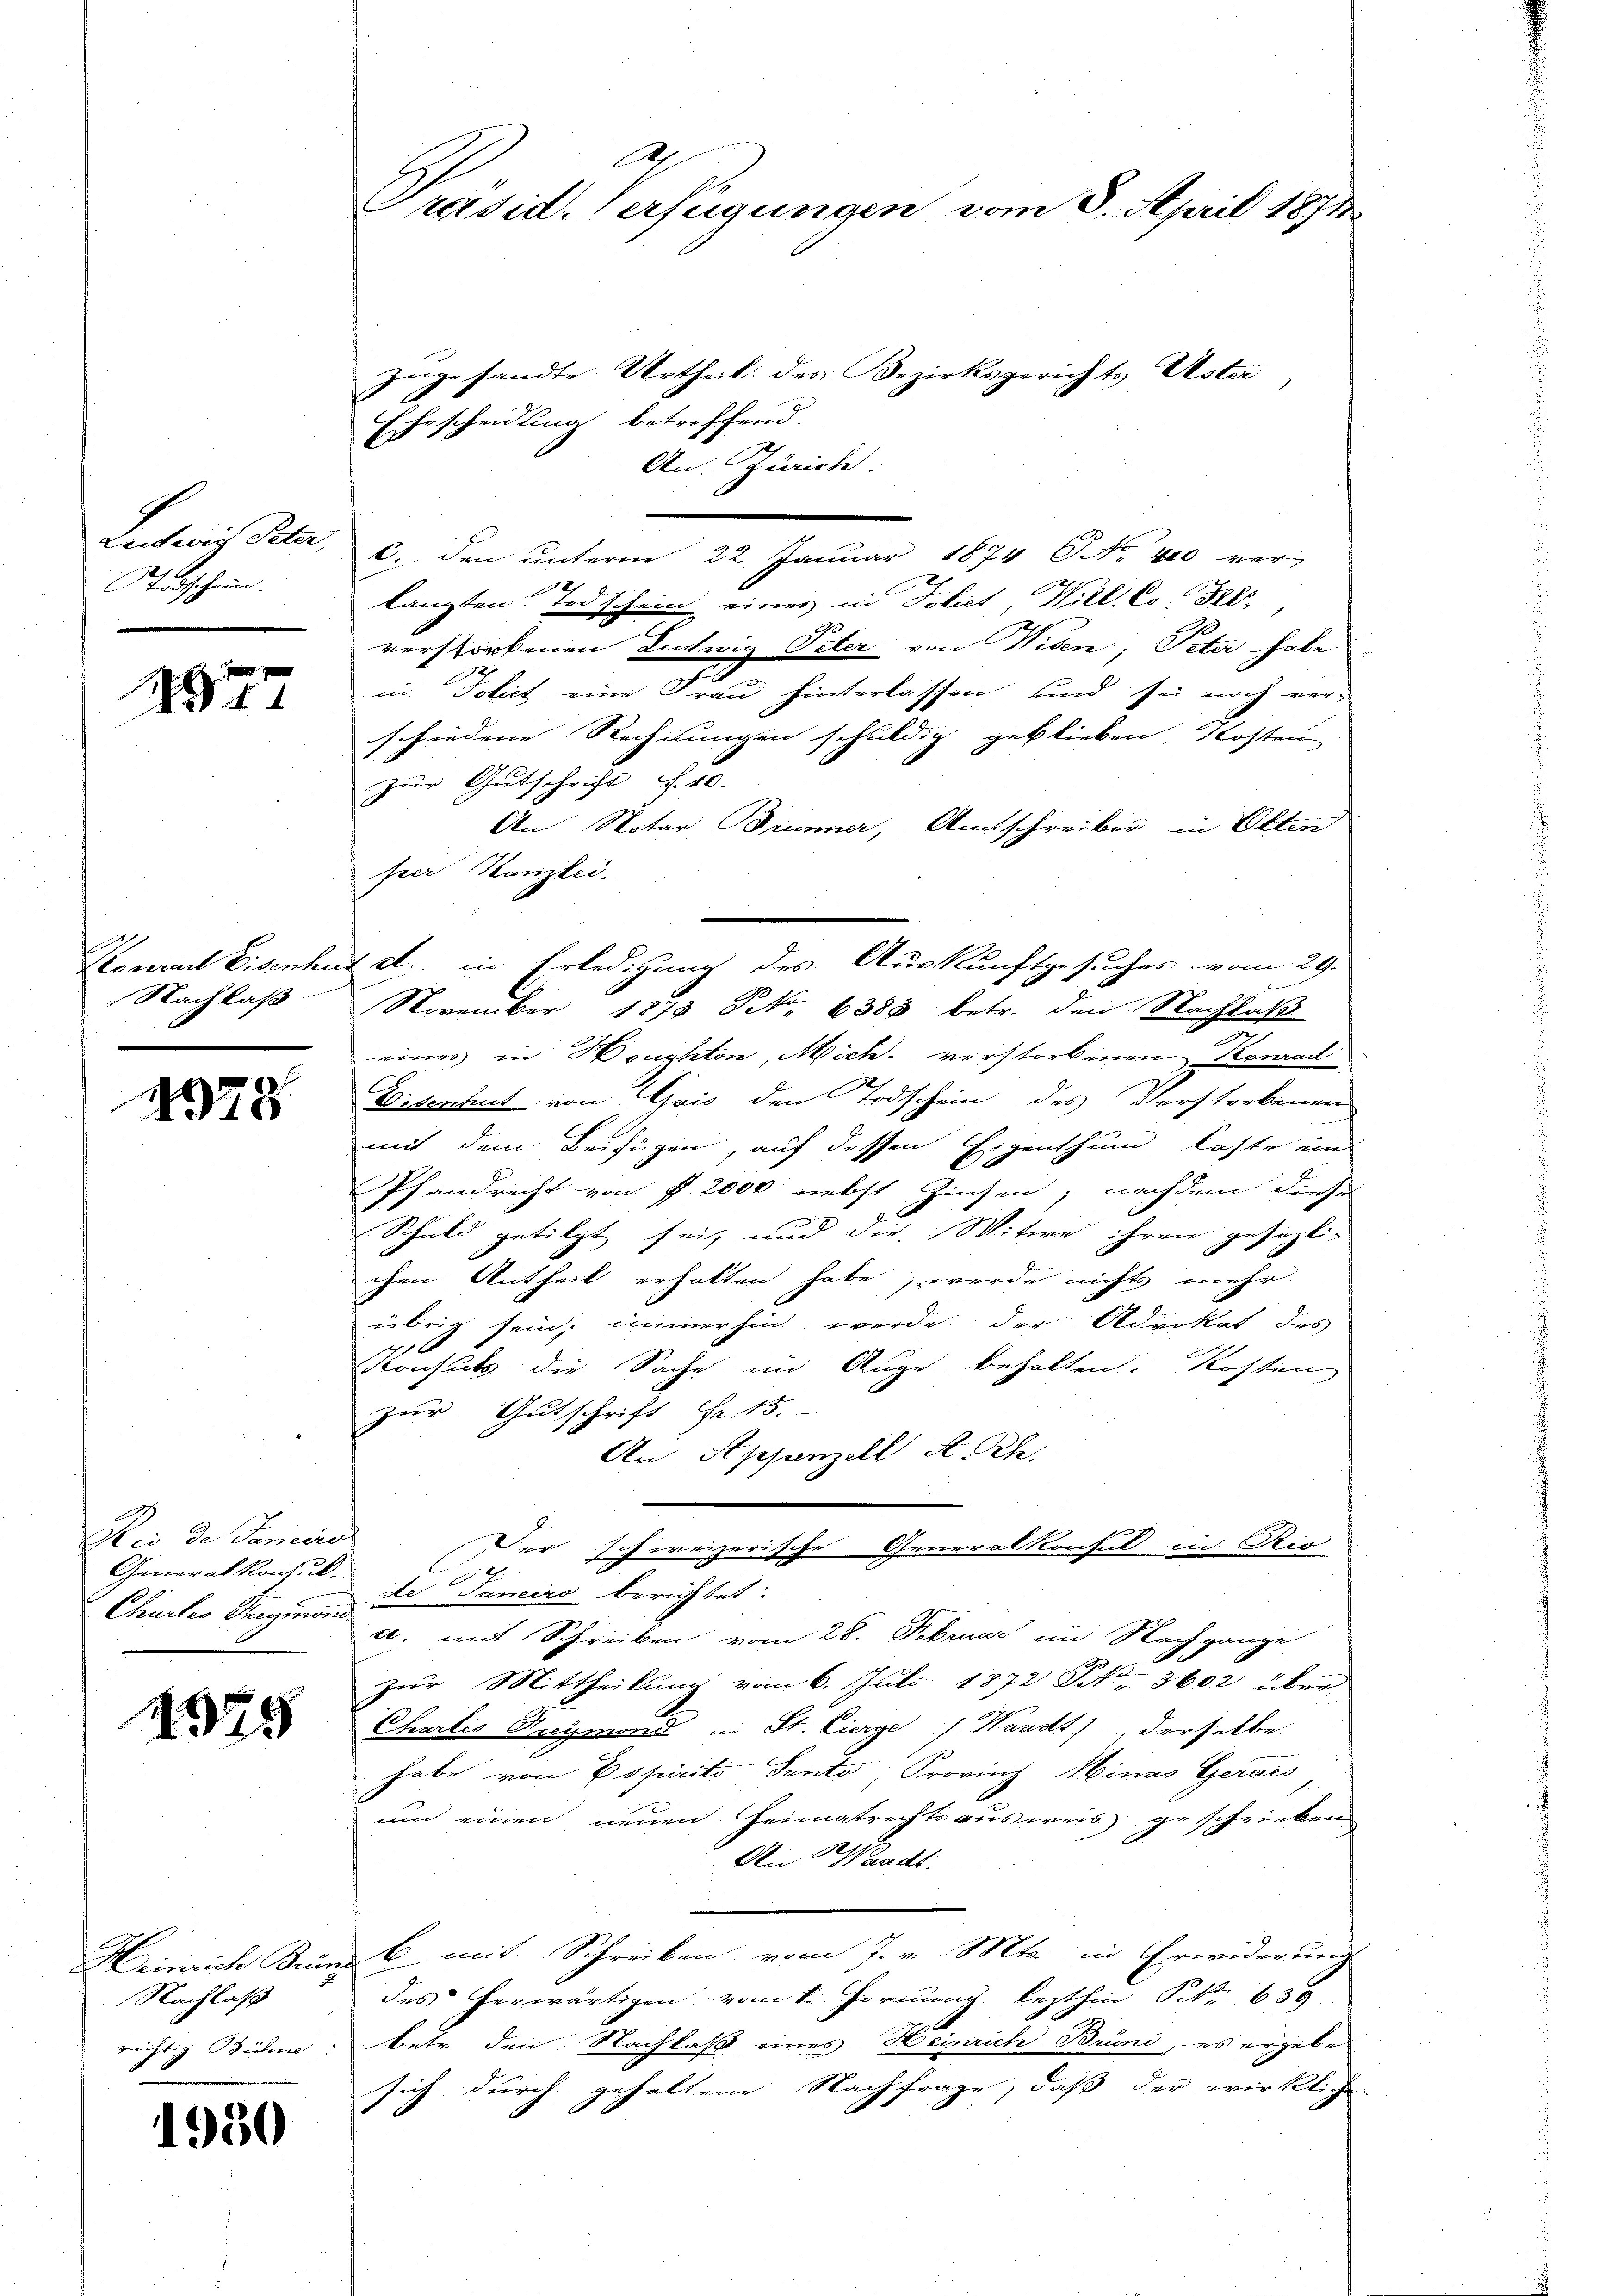
Leidwig Peter,
Todschein.
e

2

Nachlaß

4378

1
Die de Sanctio
Generalkonsul
Chartes Thegmond

1378

Nachlaß

1950

Präsid. Verfügungen vom 3. April 1874

gesandte Urtheil des Bezirksgerichts Uster
Ehescheidung betreffend.
An. Zürich.
C. den unterm 22. Januar 1874 NNo. 400 ver-
langten Todschein eines in Foliet, Will. Co Tel
verstorbenen Ludwig Peter von Widen; Peter habe
in Polict eine Frau hinterlassen und sei noch ver-
schiedene Rechnungen schuldig geblieben, Kosten
zur Gutschrift . 40.
An Notar Brunner, Amtschreiber in Olten
per Kanzlei.
e
November 1873 Art. 6385 betr. den Nachlaß
eines in Houphton, Mich. verstorbenen Konrad
Eisenhut von Gais den Todschein des Verstorbenen
mit dem Beifügen, auf dessen Eigenthum laste ein
Pfandrecht von P. 2000 nebst Zinsen, nachdem diese
Schuld getilgt sei, und die Witwe ihren gesezli-
chen Antheil erhalten habe, werde nicht mehr
übrig sein, immerhin werde der Advokat des
 x
Konsuls die Sache im Auge behalten. Kosten
zur Gutschrift Fr. 15.
An Appenzell A.- Rh.
2
Der schweizerische Generalkonsul in Rio
de Janeiro berichtet:
u. mit Schreiben vom 28. Februar im Nachgange
zur Mittheilung vom 6. Juli 1872 No 3602 über-
Chartes Kreymond in St. Cierge / Waadt), derselbe
habe von Popirito Panto Provinz Minas Gerais
und einen neuen Heimatrechtsausweis geschrieben
An Waadt.
Heinrich Sinne 6 mit Schreiben vom 7. v. Mts. in Erwiderungs
des herwärtigen vom 1. Formung lezthin Nr. 639
richtig Bühne: Betr. den Nachlaß eines Heinrich Brüni, es ergebe
sich durch gehaltene Nachfrage, daß der wirkliche

n

Horend Eisenhut d. in Erledigung des Auskunftgesuches vom 29.